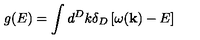
g ( E ) = \int d ^ { D } k \delta _ { D } \left[ \omega ( { \bf k } ) - E \right]